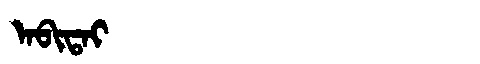
Manchu: ᠠᠪᡳᡨᠠᡳ
Romanization: ABITAI